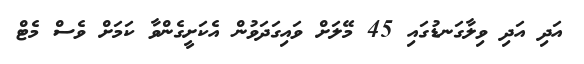
އަދި އަދި ވިލާގަނޑުގައި 45 މޭލަށް ވައިގަަދަވުން އެކަށީގެންވާ ކަމަށް ވެސް މެޓް